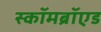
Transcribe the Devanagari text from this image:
स्कॉमब्रॉएड